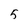
Character: 5